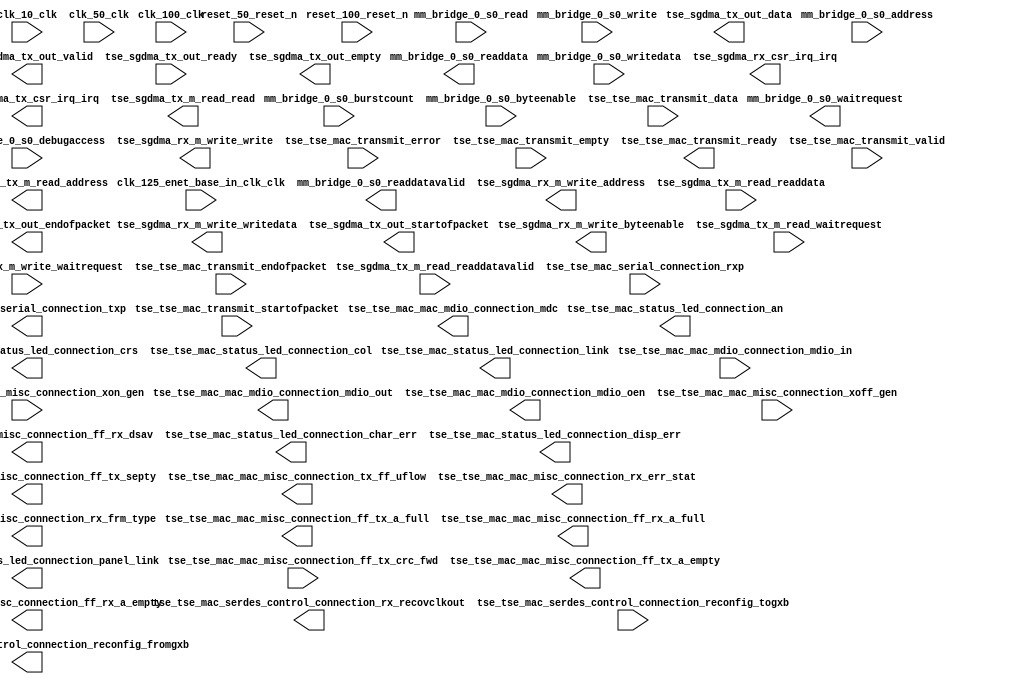

module tse_w_sfp_simple (
	clk_10_clk,
	clk_100_clk,
	clk_125_enet_base_in_clk_clk,
	clk_50_clk,
	mm_bridge_0_s0_waitrequest,
	mm_bridge_0_s0_readdata,
	mm_bridge_0_s0_readdatavalid,
	mm_bridge_0_s0_burstcount,
	mm_bridge_0_s0_writedata,
	mm_bridge_0_s0_address,
	mm_bridge_0_s0_write,
	mm_bridge_0_s0_read,
	mm_bridge_0_s0_byteenable,
	mm_bridge_0_s0_debugaccess,
	reset_100_reset_n,
	reset_50_reset_n,
	tse_sgdma_rx_csr_irq_irq,
	tse_sgdma_rx_m_write_waitrequest,
	tse_sgdma_rx_m_write_address,
	tse_sgdma_rx_m_write_write,
	tse_sgdma_rx_m_write_writedata,
	tse_sgdma_rx_m_write_byteenable,
	tse_sgdma_tx_csr_irq_irq,
	tse_sgdma_tx_m_read_readdata,
	tse_sgdma_tx_m_read_readdatavalid,
	tse_sgdma_tx_m_read_waitrequest,
	tse_sgdma_tx_m_read_address,
	tse_sgdma_tx_m_read_read,
	tse_sgdma_tx_out_data,
	tse_sgdma_tx_out_valid,
	tse_sgdma_tx_out_ready,
	tse_sgdma_tx_out_endofpacket,
	tse_sgdma_tx_out_startofpacket,
	tse_sgdma_tx_out_empty,
	tse_tse_mac_mac_mdio_connection_mdc,
	tse_tse_mac_mac_mdio_connection_mdio_in,
	tse_tse_mac_mac_mdio_connection_mdio_out,
	tse_tse_mac_mac_mdio_connection_mdio_oen,
	tse_tse_mac_mac_misc_connection_xon_gen,
	tse_tse_mac_mac_misc_connection_xoff_gen,
	tse_tse_mac_mac_misc_connection_ff_tx_crc_fwd,
	tse_tse_mac_mac_misc_connection_ff_tx_septy,
	tse_tse_mac_mac_misc_connection_tx_ff_uflow,
	tse_tse_mac_mac_misc_connection_ff_tx_a_full,
	tse_tse_mac_mac_misc_connection_ff_tx_a_empty,
	tse_tse_mac_mac_misc_connection_rx_err_stat,
	tse_tse_mac_mac_misc_connection_rx_frm_type,
	tse_tse_mac_mac_misc_connection_ff_rx_dsav,
	tse_tse_mac_mac_misc_connection_ff_rx_a_full,
	tse_tse_mac_mac_misc_connection_ff_rx_a_empty,
	tse_tse_mac_serdes_control_connection_rx_recovclkout,
	tse_tse_mac_serdes_control_connection_reconfig_togxb,
	tse_tse_mac_serdes_control_connection_reconfig_fromgxb,
	tse_tse_mac_serial_connection_rxp,
	tse_tse_mac_serial_connection_txp,
	tse_tse_mac_status_led_connection_crs,
	tse_tse_mac_status_led_connection_link,
	tse_tse_mac_status_led_connection_panel_link,
	tse_tse_mac_status_led_connection_col,
	tse_tse_mac_status_led_connection_an,
	tse_tse_mac_status_led_connection_char_err,
	tse_tse_mac_status_led_connection_disp_err,
	tse_tse_mac_transmit_data,
	tse_tse_mac_transmit_endofpacket,
	tse_tse_mac_transmit_error,
	tse_tse_mac_transmit_empty,
	tse_tse_mac_transmit_ready,
	tse_tse_mac_transmit_startofpacket,
	tse_tse_mac_transmit_valid);	

	input		clk_10_clk;
	input		clk_100_clk;
	input		clk_125_enet_base_in_clk_clk;
	input		clk_50_clk;
	output		mm_bridge_0_s0_waitrequest;
	output	[31:0]	mm_bridge_0_s0_readdata;
	output		mm_bridge_0_s0_readdatavalid;
	input	[0:0]	mm_bridge_0_s0_burstcount;
	input	[31:0]	mm_bridge_0_s0_writedata;
	input	[18:0]	mm_bridge_0_s0_address;
	input		mm_bridge_0_s0_write;
	input		mm_bridge_0_s0_read;
	input	[3:0]	mm_bridge_0_s0_byteenable;
	input		mm_bridge_0_s0_debugaccess;
	input		reset_100_reset_n;
	input		reset_50_reset_n;
	output		tse_sgdma_rx_csr_irq_irq;
	input		tse_sgdma_rx_m_write_waitrequest;
	output	[31:0]	tse_sgdma_rx_m_write_address;
	output		tse_sgdma_rx_m_write_write;
	output	[31:0]	tse_sgdma_rx_m_write_writedata;
	output	[3:0]	tse_sgdma_rx_m_write_byteenable;
	output		tse_sgdma_tx_csr_irq_irq;
	input	[31:0]	tse_sgdma_tx_m_read_readdata;
	input		tse_sgdma_tx_m_read_readdatavalid;
	input		tse_sgdma_tx_m_read_waitrequest;
	output	[31:0]	tse_sgdma_tx_m_read_address;
	output		tse_sgdma_tx_m_read_read;
	output	[31:0]	tse_sgdma_tx_out_data;
	output		tse_sgdma_tx_out_valid;
	input		tse_sgdma_tx_out_ready;
	output		tse_sgdma_tx_out_endofpacket;
	output		tse_sgdma_tx_out_startofpacket;
	output	[1:0]	tse_sgdma_tx_out_empty;
	output		tse_tse_mac_mac_mdio_connection_mdc;
	input		tse_tse_mac_mac_mdio_connection_mdio_in;
	output		tse_tse_mac_mac_mdio_connection_mdio_out;
	output		tse_tse_mac_mac_mdio_connection_mdio_oen;
	input		tse_tse_mac_mac_misc_connection_xon_gen;
	input		tse_tse_mac_mac_misc_connection_xoff_gen;
	input		tse_tse_mac_mac_misc_connection_ff_tx_crc_fwd;
	output		tse_tse_mac_mac_misc_connection_ff_tx_septy;
	output		tse_tse_mac_mac_misc_connection_tx_ff_uflow;
	output		tse_tse_mac_mac_misc_connection_ff_tx_a_full;
	output		tse_tse_mac_mac_misc_connection_ff_tx_a_empty;
	output	[17:0]	tse_tse_mac_mac_misc_connection_rx_err_stat;
	output	[3:0]	tse_tse_mac_mac_misc_connection_rx_frm_type;
	output		tse_tse_mac_mac_misc_connection_ff_rx_dsav;
	output		tse_tse_mac_mac_misc_connection_ff_rx_a_full;
	output		tse_tse_mac_mac_misc_connection_ff_rx_a_empty;
	output		tse_tse_mac_serdes_control_connection_rx_recovclkout;
	input	[139:0]	tse_tse_mac_serdes_control_connection_reconfig_togxb;
	output	[91:0]	tse_tse_mac_serdes_control_connection_reconfig_fromgxb;
	input		tse_tse_mac_serial_connection_rxp;
	output		tse_tse_mac_serial_connection_txp;
	output		tse_tse_mac_status_led_connection_crs;
	output		tse_tse_mac_status_led_connection_link;
	output		tse_tse_mac_status_led_connection_panel_link;
	output		tse_tse_mac_status_led_connection_col;
	output		tse_tse_mac_status_led_connection_an;
	output		tse_tse_mac_status_led_connection_char_err;
	output		tse_tse_mac_status_led_connection_disp_err;
	input	[31:0]	tse_tse_mac_transmit_data;
	input		tse_tse_mac_transmit_endofpacket;
	input		tse_tse_mac_transmit_error;
	input	[1:0]	tse_tse_mac_transmit_empty;
	output		tse_tse_mac_transmit_ready;
	input		tse_tse_mac_transmit_startofpacket;
	input		tse_tse_mac_transmit_valid;
endmodule